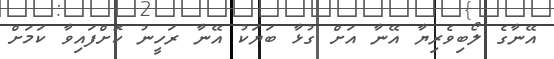
އޭނާގެ ލޯބިވެރިޔާ އޭނާ އަށް ގުޅާ ބަޔަކު އޭނާ ރަހީނު ކޮށްފައިވާ ކަމަށް